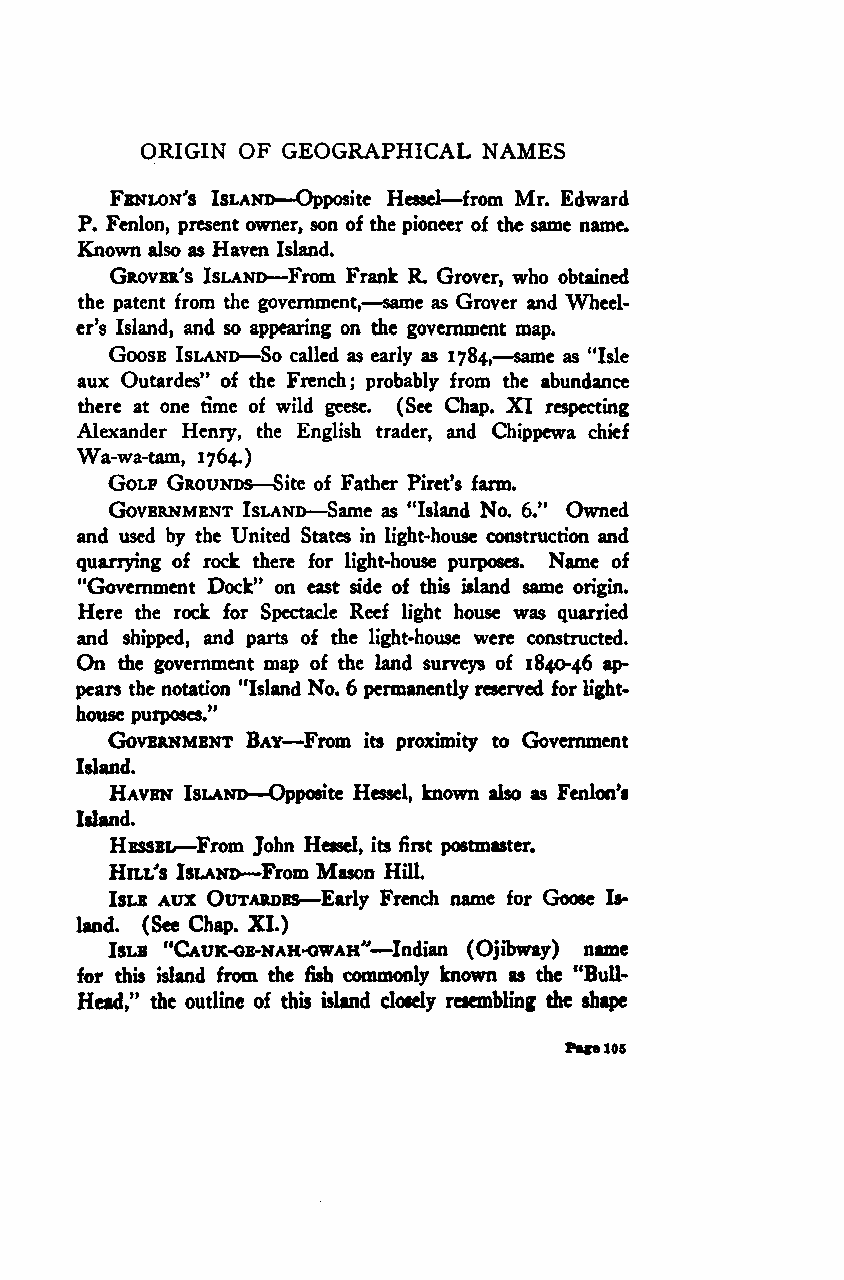
ORIGIN OF GEOGRAPHICAL NAMES
 —
 Fbnlon's Island—Opposite Hessel from Mr. Edward
 P. Fenlon, present owner, son of the pioneer of the same name.
 Known also as Haven Island.
 Grover's Island—From Frank R. Grover, who obtained
 —
 the patent from the government, same as Grover and Wheel-
 er's Island, and so appearing on the government map.
 —
 Goose Island—So called as early as 1784, same as "Isle
 aux Outardes" of the French; probably from the abundance
 there at one time of wild geese. (See Chap. XI respecting
 Alexander Henry, the English trader, and Chippewa chief
 Wa-wa-tam, 1764.)
 —
 Golf Grounds Site of Father Piret's farm.
 —
 Government Island Same as "Island No. 6." Owned
 and used by the United States in light-house construction and
 quarrying of rock there for light-house purposes. Name of
 "Government Dock" on east side of this island same origin.
 Here the rock for Spectacle Reef light house was quarried
 and shipped, and parts of the light-house were constructed.
 On the government map of the land surveys of 1840-46 ap-
 pears the notation "Island No* 6 permanentlyreserved forlight-
 house purposes."
 —
 Government Bay From its proximity to Government
 Island.
 —
 Haven Island Opposite Hessel, known also as Fenlon's
 Island.
 —
 Hessel From John Hessel, its first postmaster.
 —
 Hill's Island From Mason Hill.
 —
 Isle aux Outardes Early French name for Goose Is-
 land. (See Chap. XI.)
 —
 Islb "Cauk-gb-nah-gwah" Indian (Ojibway) name
 for this island from the fish commonly known as the "Bull-
 Head," the outline of this island closely resembling the shape
 Pace105
 Google
 Digitizedby